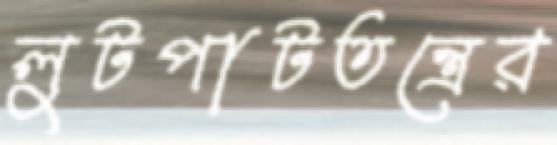
লুটপাটতন্ত্রের